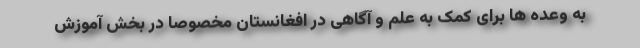
به وعده ها برای کمک به علم و آگاهی در افغانستان مخصوصاً در بخش آموزش